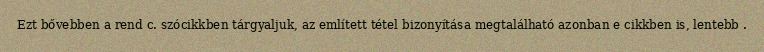
Ezt bővebben a rend c. szócikkben tárgyaljuk, az említett tétel bizonyítása megtalálható azonban e cikkben is, lentebb .